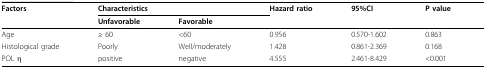
<table><thead><tr><td><b>Factors</b></td><td colspan="2"><b>Characteristics</b></td><td><b>Hazard ratio</b></td><td><b>95%CI</b></td><td><b>P value</b></td></tr><tr><td>[EMPTY_CELL]</td><td><b>Unfavorable</b></td><td><b>Favorable</b></td><td>[EMPTY_CELL]</td><td>[EMPTY_CELL]</td><td>[EMPTY_CELL]</td></tr></thead><tbody><tr><td>Age</td><td>≥ 60</td><td>&lt; 60</td><td>0.956</td><td>0.570-1.602</td><td>0.863</td></tr><tr><td>Histological grade</td><td>Poorly</td><td>Well/moderately</td><td>1.428</td><td>0.861-2.369</td><td>0.168</td></tr><tr><td>POL η</td><td>positive</td><td>negative</td><td>4.555</td><td>2.461-8.429</td><td>&lt; 0.001</td></tr></tbody></table>